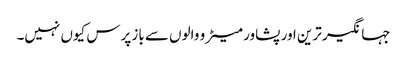
جہانگیر ترین اور پشاور میٹرو والوں سے باز پرس کیوں نہیں۔